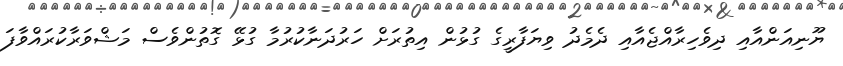
ޔޫނިއަންއާއި ދިވެހިރާއްޖެއާއި ދެމެދު ވިޔަފާރީގެ ގުޅުން އިތުރަށް ހަރުދަނާކުރުމާ ގުޅޭ ގޮތުންވެސް މަޝްވަރާކުރައްވާފަ